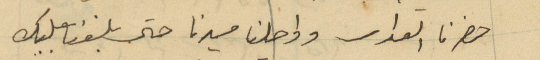
حضرنا القداس وواصلنا مسيرنا حتى بلغنا بعلبك